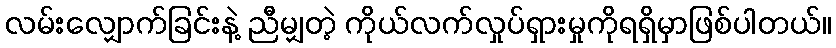
လမ်းလျှောက်ခြင်းနဲ့ ညီမျှတဲ့ ကိုယ်လက်လှုပ်ရှားမှုကိုရရှိမှာဖြစ်ပါတယ်။